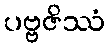
ပဗ္ဗဇိဿံ